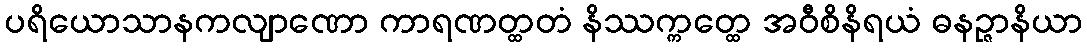
ပရိယောသာနကလျာဏော ကာရဏတ္ထတံ နိဿက္ကတ္ထေ အဝီစိနိရယံ ဓနဉ္ဇာနိယာ